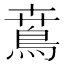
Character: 𩿜